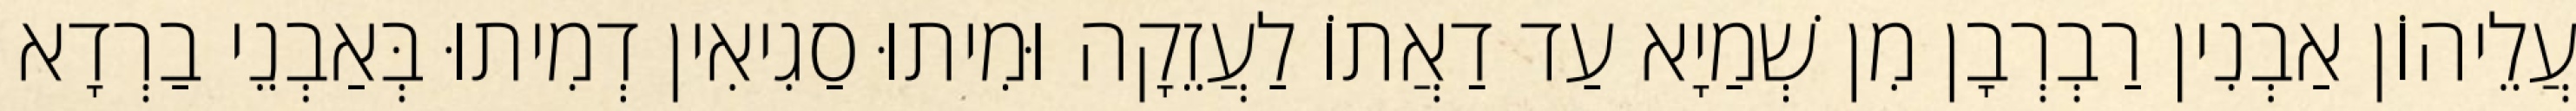
עֲלֵיהוֹן אַבְנִין רַבְרְבָן מִן שְׁמַיָא עַד דַאֲתוֹ לַעֲזֵקָה וּמִיתוּ סַגִיאִין דְמִיתוּ בְּאַבְנֵי בַרְדָא